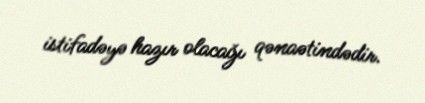
istifadəyə hazır olacağı qənaətindədir.